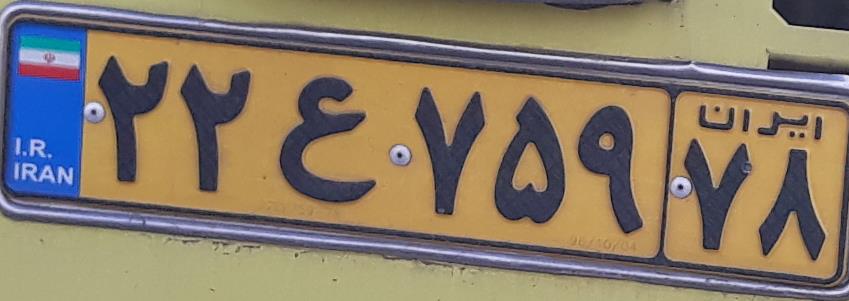
۲۲ع۷۵۹۷۸